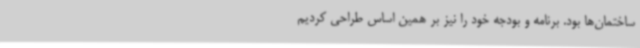
ساختمان‌ها بود. برنامه و بودجه خود را نیز بر همین اساس طراحی کردیم